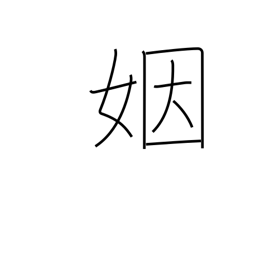
Meaning: matrimony